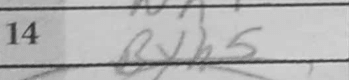
Transcription: Bxh5